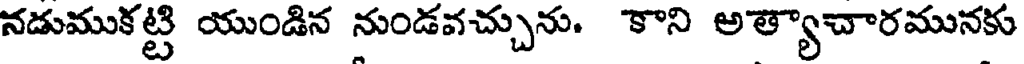
నడుముకట్టి యుండిన నుండవచ్చును. కాని అత్యాచారమునకు